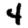
Digit: 4